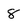
Character: 8